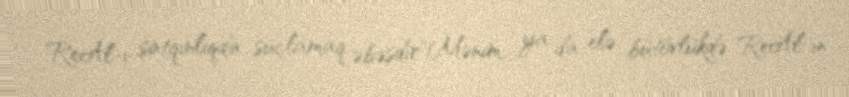
ReAl-ı satqınlıqda suçlamaq əbəsdir"Mənim, ya da elə bütövlükdə ReAl-ın